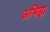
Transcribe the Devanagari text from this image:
अभिझ